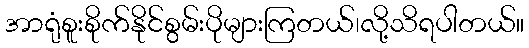
အာရုံစူးစိုက်နိုင်စွမ်းပိုများကြတယ်၊လို့သိရပါတယ်။